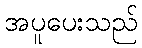
အပူပေးသည်